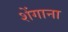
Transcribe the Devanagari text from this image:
शेंगाना